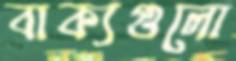
বাক্যগুলো